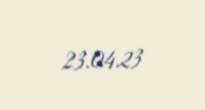
23.04.23